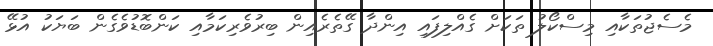
މެސެޖުތަކާއި މިސްކޯލު ތަކަށް ގެއްލިފައި އިންދާ ގޭތެރެއިން ބިރުވެރިކަމާއި ކަންބޮޑުވެގެން ބަޔަކު އުޅޭ